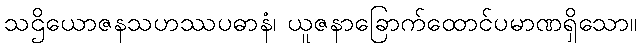
သဌိယောဇနသဟဿပဓာနံ၊ ယူဇနာခြောက်ထောင်ပမာဏရှိသော။